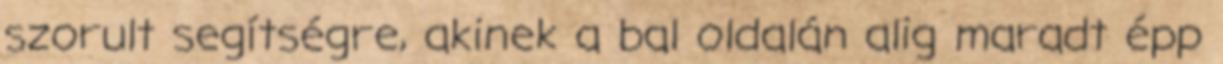
szorult segítségre, akinek a bal oldalán alig maradt épp